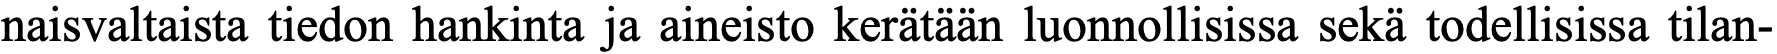
naisvaltaista tiedon hankinta ja aineisto kerätään luonnollisissa sekä todellisissa tilan-